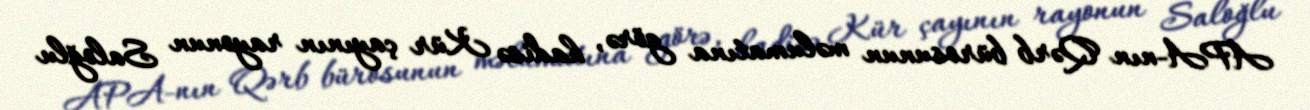
APA-nın Qərb bürosunun məlumatına görə, hadisə Kür çayının rayonun Saloğlu